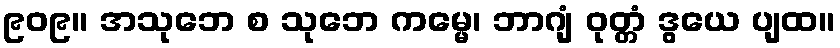
၉၀၉။ အသုဘေ စ သုဘေ ကမ္မေ၊ ဘာဂျံ ဝုတ္တံ ဒွယေ ပျထ။